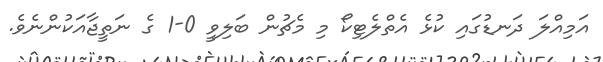
އަމިއްލަ ދަނޑުގައި ކުޅެ އެތްލެޓިކޯ މި މެޗުން ބަލިވީ 0-1 ގެ ނަތީޖާއަކުންނެވެ.